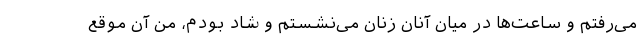
می‌رفتم و ساعت‌ها در میان آنان زنان می‌نشستم و شاد بودم، من آن موقع